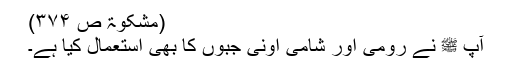
(مشکوۃ ص ۳۷۴)
آپ ﷺ نے رومی اور شامی اونی جبوں کا بھی استعمال کیا ہے۔